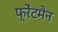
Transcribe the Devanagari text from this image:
फ्रेंटमैन